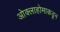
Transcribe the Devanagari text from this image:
ओक्लाहोमाकडून